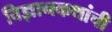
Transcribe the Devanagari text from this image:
विज्ञानकथांची